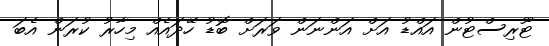
ޓޫރިސްޓުން އައްޑު އަށް އަންނަން ވަރަށް ބޮޑު ހޭދައެއް މިހާރު ކުރަން އެބަ